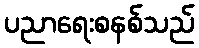
ပညာရေးစနစ်သည်